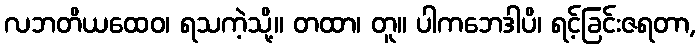
လဘတိယထေဝ၊ ရသကဲ့သို့။ တထာ၊ တူ။ ပါကဘေဒါပိ၊ ရင့်ခြင်းဇရတာ,